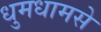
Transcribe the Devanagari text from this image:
धुमधामसे